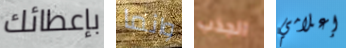
بإعطائك وانما الجذب إعلامي